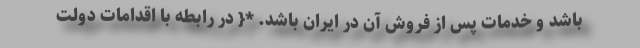
باشد و خدمات پس از فروش آن در ایران باشد. *{ در رابطه با اقدامات دولت